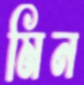
মিন